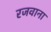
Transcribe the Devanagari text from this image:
रजवाना